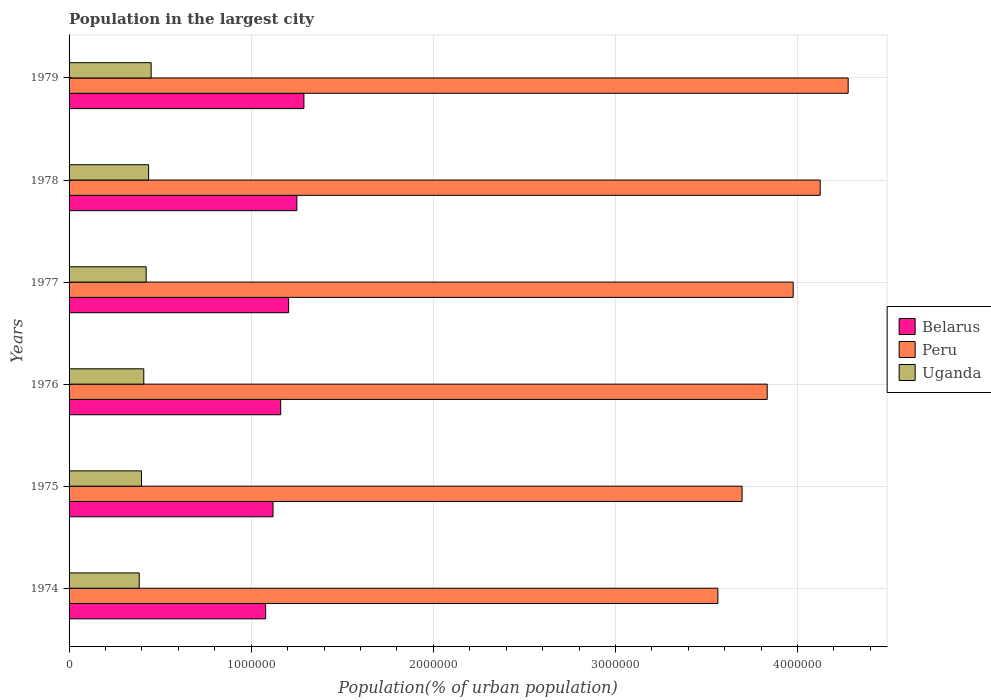
| Years | Belarus | Peru | Uganda |
 | --- | --- | --- | --- |
 | 1974 | 1.08e+06 | 3.56e+06 | 3.85e+05 |
 | 1975 | 1.12e+06 | 3.7e+06 | 3.98e+05 |
 | 1976 | 1.16e+06 | 3.83e+06 | 4.1e+05 |
 | 1977 | 1.21e+06 | 3.98e+06 | 4.23e+05 |
 | 1978 | 1.25e+06 | 4.12e+06 | 4.37e+05 |
 | 1979 | 1.29e+06 | 4.28e+06 | 4.51e+05 |